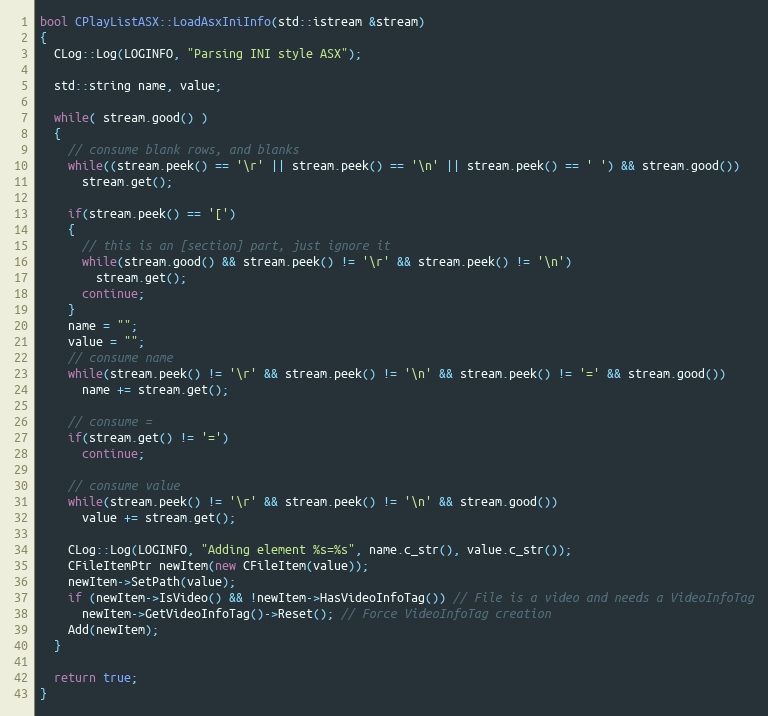
Language: C++
bool CPlayListASX::LoadAsxIniInfo(std::istream &stream)
{
  CLog::Log(LOGINFO, "Parsing INI style ASX");

  std::string name, value;

  while( stream.good() )
  {
    // consume blank rows, and blanks
    while((stream.peek() == '\r' || stream.peek() == '\n' || stream.peek() == ' ') && stream.good())
      stream.get();

    if(stream.peek() == '[')
    {
      // this is an [section] part, just ignore it
      while(stream.good() && stream.peek() != '\r' && stream.peek() != '\n')
        stream.get();
      continue;
    }
    name = "";
    value = "";
    // consume name
    while(stream.peek() != '\r' && stream.peek() != '\n' && stream.peek() != '=' && stream.good())
      name += stream.get();

    // consume =
    if(stream.get() != '=')
      continue;

    // consume value
    while(stream.peek() != '\r' && stream.peek() != '\n' && stream.good())
      value += stream.get();

    CLog::Log(LOGINFO, "Adding element %s=%s", name.c_str(), value.c_str());
    CFileItemPtr newItem(new CFileItem(value));
    newItem->SetPath(value);
    if (newItem->IsVideo() && !newItem->HasVideoInfoTag()) // File is a video and needs a VideoInfoTag
      newItem->GetVideoInfoTag()->Reset(); // Force VideoInfoTag creation
    Add(newItem);
  }

  return true;
}